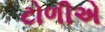
ટોળીએ